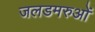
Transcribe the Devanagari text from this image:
जलडमरुओं